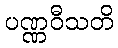
ပဏ္ဏဝီသတိ